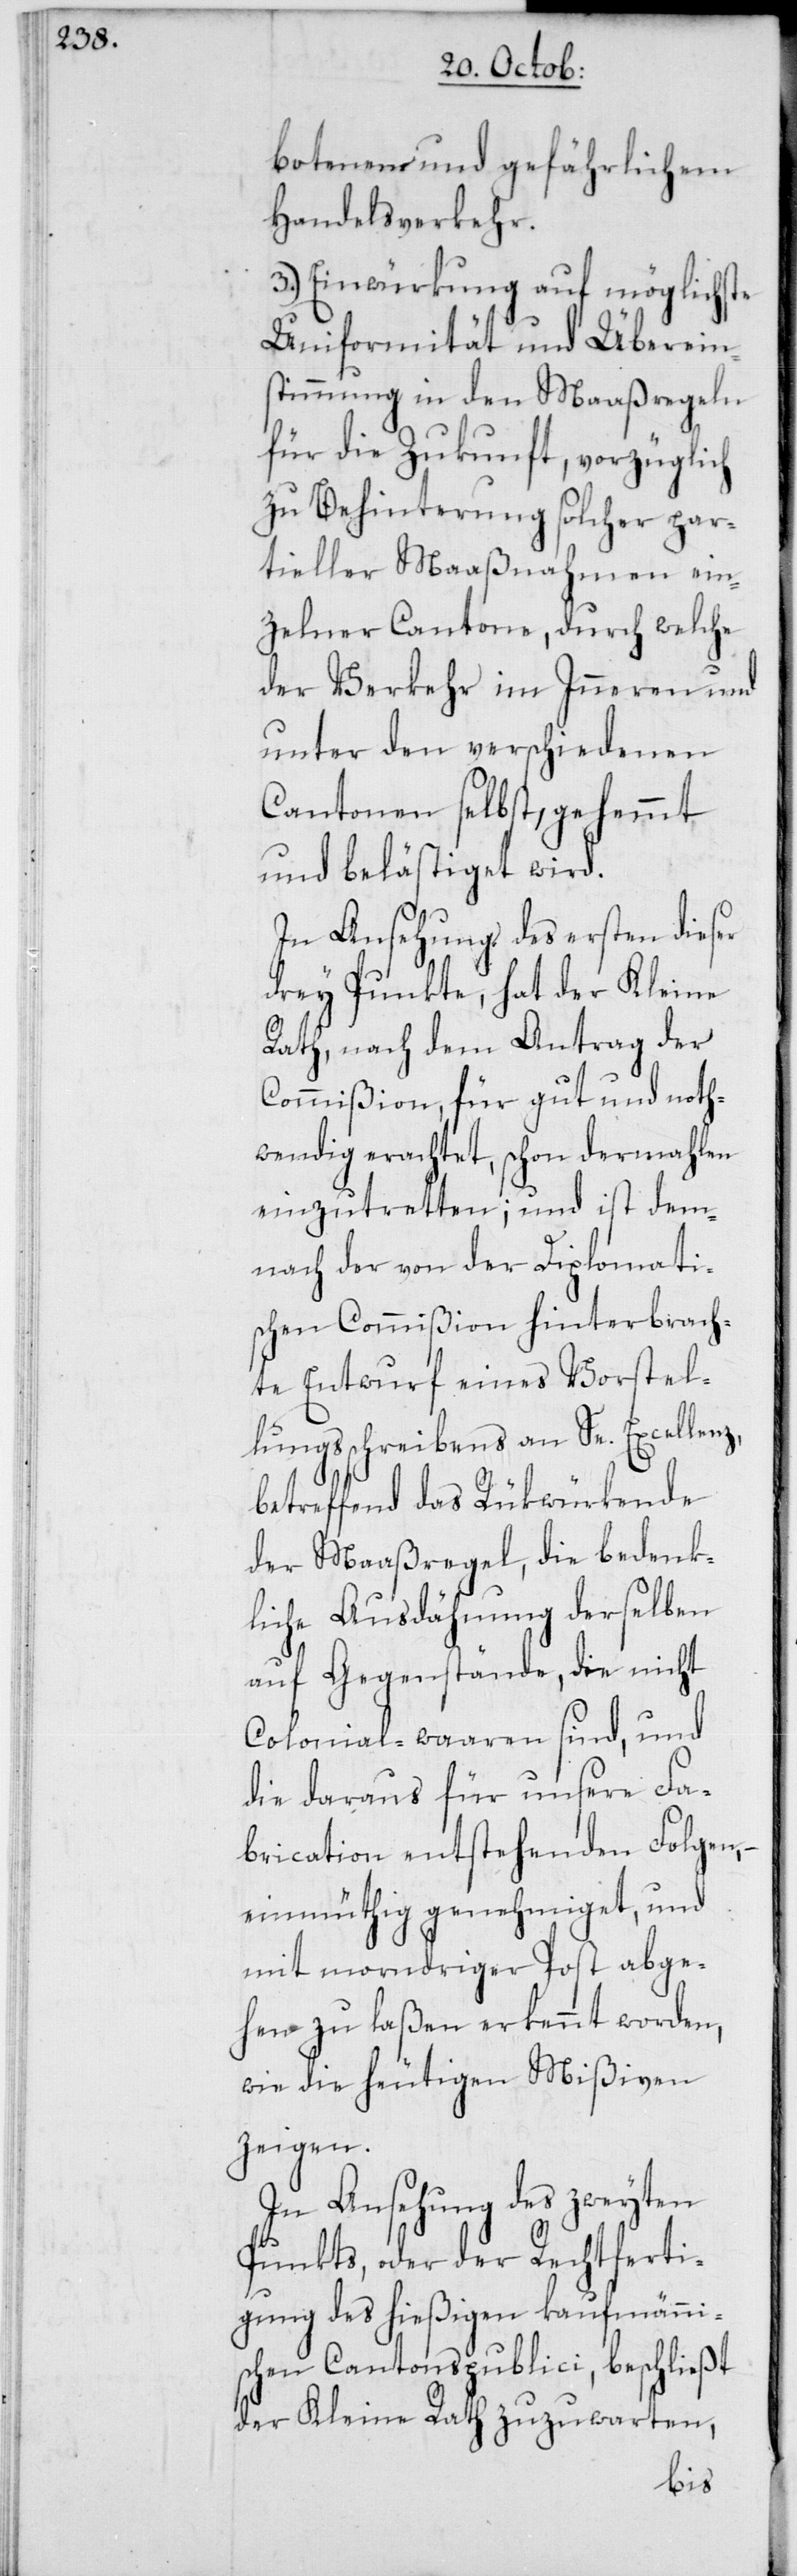
botenem und gefährlichem
Handelsverkehr.
3. Einwürkung auf möglichste
Uniformität und Übereins¬
timmung in den Maaßregeln
für die Zukunft, vorzüglich
zu Behinterung solcher par¬
tieller Maaßnahmen ein¬
zelner Cantone, durch welche
der Verkehr im Inneren und
unter den verschiedenen
Cantonen selbst, gehemmt
und belästiget wird.
In Ansehung des ersten dieser
drey Punkte, hat der Kleine
Rath, nach dem Antrag der
Commißion, für gut und noth¬
wendig erachtet, schon dermahlen
einzutretten; und ist dem¬
nach der von der Diplomati¬
schen Commißion hinterbrach¬
te Entwurf eines Vorstel¬
lungßchreibens an Se. Excellenz,
betreffend das Rükwürkende
der Maaßregel, die bedenk¬
liche Ausdähnung derselben
auf Gegenstände, die nicht
Colonialwaaren sind, und
die daraus für unsere Fa¬
brication entstehenden Folgen,
einmüthig genehmiget, und
mit morndriger Post abge¬
hen zu laßen erkennt worden,
wie die heutigen Mißiven
zeigen.
In Ansehung des zweyten
Punkts, oder der Rechtferti¬
gung des hießigen kaufmännis¬
chen Cantonspublici, beschließt
der Kleine Rath zuzuwarten,